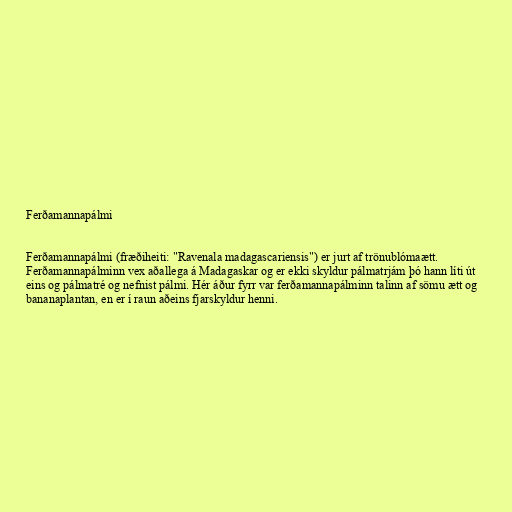
Ferðamannapálmi

Ferðamannapálmi (fræðiheiti: "Ravenala madagascariensis") er jurt af trönublómaætt.
Ferðamannapálminn vex aðallega á Madagaskar og er ekki skyldur pálmatrjám þó hann líti út
eins og pálmatré og nefnist pálmi. Hér áður fyrr var ferðamannapálminn talinn af sömu ætt og
bananaplantan, en er í raun aðeins fjarskyldur henni.